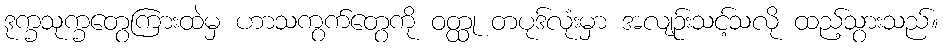
ဒုက္ခသုက္ခတွေကြားထဲမှ ဟာသကွက်တွေကို ဝတ္ထု တပုဒ်လုံးမှာ အလျဉ်းသင့်သလို ထည့်သွားသည်။